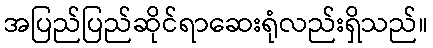
အပြည်ပြည်ဆိုင်ရာဆေးရုံလည်းရှိသည်။